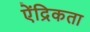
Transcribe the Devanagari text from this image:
ऐंद्रिकता